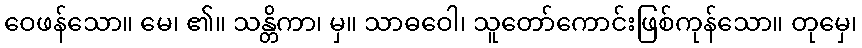
ဝေဖန်သော။ မေ၊ ၏။ သန္တိကာ၊ မှ။ သာဓဝေါ၊ သူတော်ကောင်းဖြစ်ကုန်သော။ တုမှေ၊